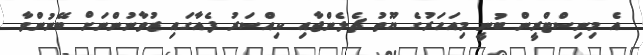
އެ މިނިސްޓްރީން ބުނީ މިއަހަރުގެ ޔޫތު ޗެލެންޖާއި ކިއްސަރު ފެއާގައި ޒުވާނުންނަށް ބޭނުންވާ